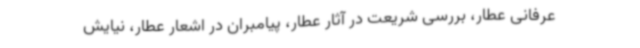
عرفانی عطار، بررسی شریعت در آثار عطار، پیامبران در اشعار عطار، نیایش